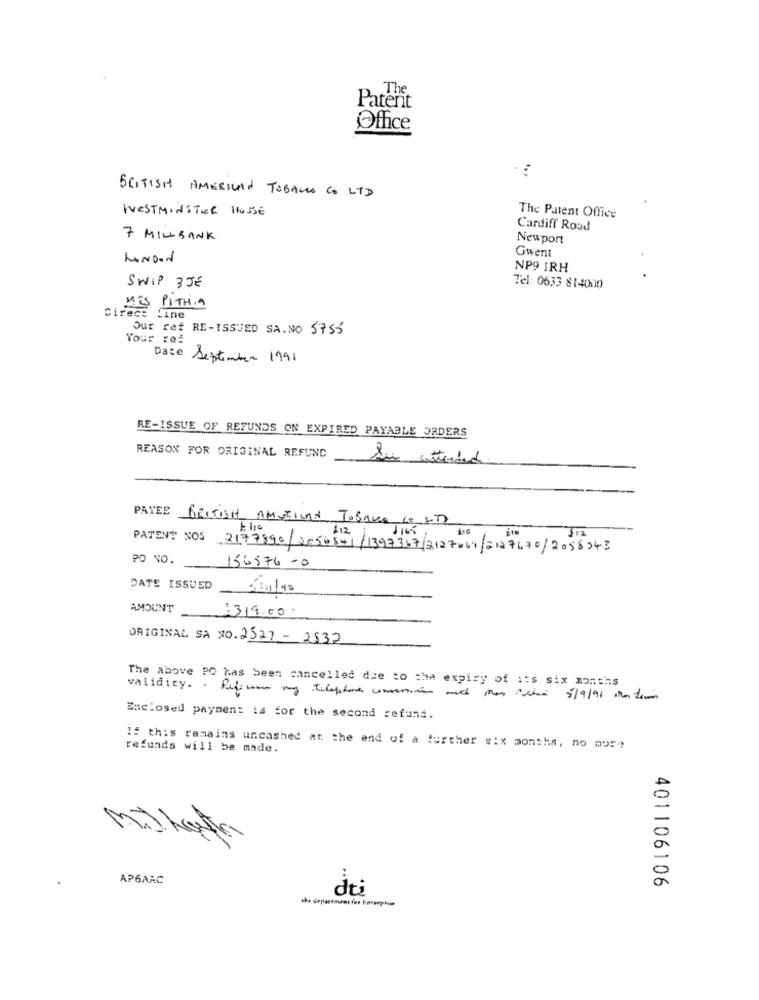
The
Patent
Office
BRITISH AMERICAN TOBACCO CO LTD
WESTMINSTER HOUSE
The Patent Office
Cardiff Road
7 MILLBANK
Newport
LONDON
Gwent
NP9 IRH
SWIP 3JE
Tel: 0633 814000
MIS PITHiA
Direct Line
Our Fat RE-ISSUED SA.NO 5755
Your rei
Date September 1991
RE-ISSUE OF REFUNDS ON EXPIRED PAYABLE ORDERS
REASON FOR ORIGINAL REFUND
PAYEE BRITISH AMERICAN TOBACCO CO LTD
PATENT NOS 2177890/ 2056841 /1393367/3127044/2127670/2058343
PO NO.
156876 -0
DATE ISSUED
5/11/45
AMOUNT
:319.00
ORIGINAL SA NO. 2527 - 2532
The above PO has been cancelled due to the expiry of its six months
validity. . fifiwe may telephone conversation and Mos codice 5/9/91 Mm tom
Enclosed payment is for the second refund.
refunds will be made.
If this remains uncashed at the end of a further six months, no more
AP6AAC
dei
401106106